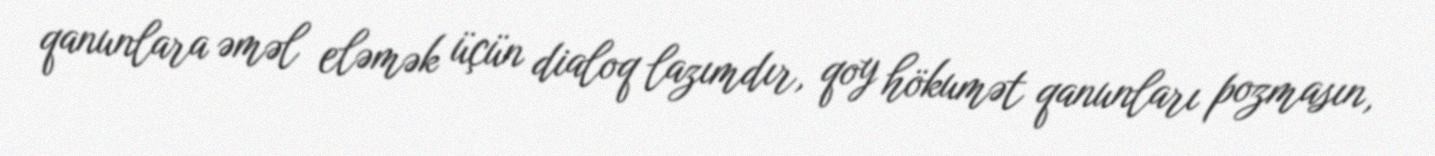
qanunlara əməl eləmək üçün dialoq lazımdır, qoy hökumət qanunları pozmasın,